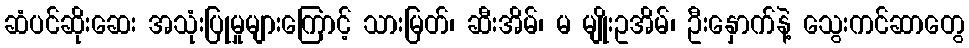
ဆံပင်ဆိုးဆေး အသုံးပြုမှုများကြောင့် သားမြတ်၊ ဆီးအိမ်၊ မ မျိုးဥအိမ်၊ ဦးနှောက်နဲ့ သွေးကင်ဆာတွေ